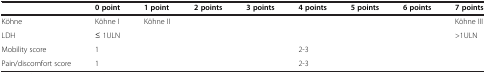
|  | 0 point | 1 point | 2 points | 3 points | 4 points | 5 points | 6 points | 7 points |
 | --- | --- | --- | --- | --- | --- | --- | --- | --- |
 | Köhne | Köhne I | Köhne II |  |  |  |  |  | Köhne III |
 | LDH | ≤ 1ULN |  |  |  |  |  |  | >1ULN |
 | Mobility score | 1 |  |  |  | 2-3 |  |  |  |
 | Pain/discomfort score | 1 |  |  |  | 2-3 |  |  |  |